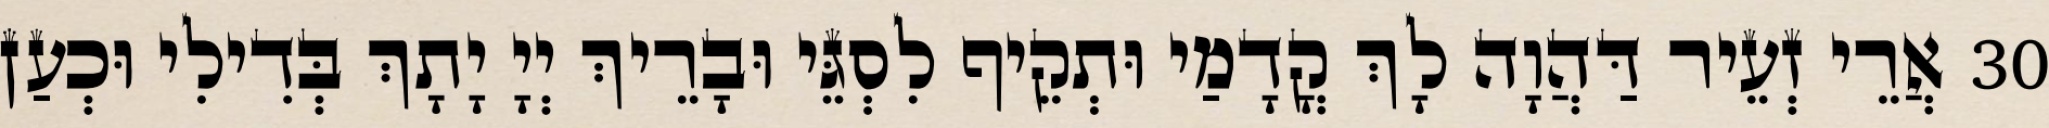
30 אֲרֵי זְעֵיר דַּהֲוָה לָךְ קֳדָמַי וּתְקֵיף לִסְגֵּי וּבָרֵיךְ יְיָ יָתָךְ בְּדִילִי וּכְעַן